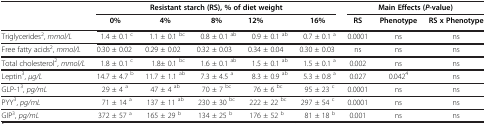
|  | <COLSPAN=5> Resistant starch (RS), % of diet weight | <COLSPAN=3> Main Effects (P-value) |
 |  | 0% | 4% | 8% | 12% | 16% | RS | Phenotype | RS x Phenotype |
 | --- | --- | --- | --- | --- | --- | --- | --- | --- |
 | Triglycerides2, mmol/L | 1.4 ± 0.1 c | 1.1 ± 0.1 bc | 0.8 ± 0.1 ab | 0.9 ± 0.1 ab | 0.7 ± 0.1 a | 0.0001 | ns | ns |
 | Free fatty acids2, mmol/L | 0.30 ± 0.02 | 0.29 ± 0.02 | 0.32 ± 0.03 | 0.34 ± 0.04 | 0.30 ± 0.03 | ns | ns | ns |
 | Total cholesterol2, mmol/L | 1.8 ± 0.1 c | 1.8± 0.1 bc | 1.6 ± 0.1 ab | 1.5 ± 0.1 ab | 1.5 ± 0.1 a | 0.002 | ns | ns |
 | Leptin3, μg/L | 14.7 ± 4.7 b | 11.7 ± 1.1 ab | 7.3 ± 4.5 a | 8.3 ± 0.9 ab | 5.3 ± 0.8 a | 0.027 | 0.0424 | ns |
 | GLP-13, pg/mL | 29 ± 4 a | 47 ± 4 ab | 70 ± 7 bc | 76 ± 6 bc | 95 ± 23 c | 0.0001 | ns | ns |
 | PYY3, pg/mL | 71 ± 14 a | 137 ± 11 ab | 230 ± 30 bc | 222 ± 22 bc | 297 ± 54 c | 0.0001 | ns | ns |
 | GIP3, pg/mL | 372 ± 57 a | 165 ± 29 b | 134 ± 25 b | 176 ± 52 b | 81 ± 18 b | 0.001 | ns | ns |